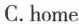
C.home